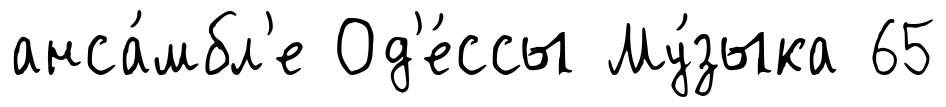
анса́мбл'е Од'е́ссы Му́зыка 65